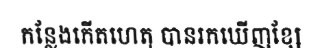
កន្លែងកើតហេតុ បានរកឃើញខ្សែ